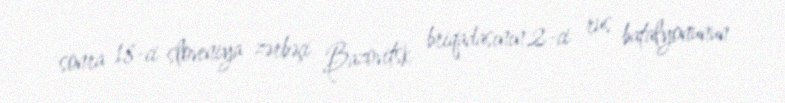
sonra 18-ci sloveniya zərbəçi Bazovitsk briqadasının 2-ci rus batalyonunun